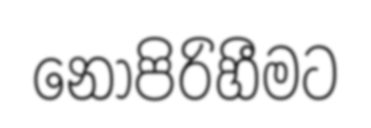
නොපිරිහීමට